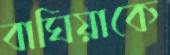
বাঘিয়াকে